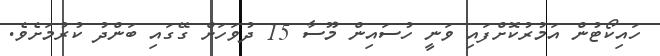
ހައިކޯޓުން އަމުރުކޮށްފައި ވަނީ ހުސައިން މޫސާ 15 ދުވަހަށް ގޭގައި ބަންދު ކުރުމަށެވެ.